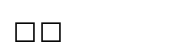
٨٧